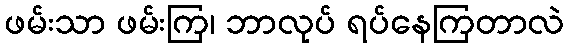
ဖမ်းသာ ဖမ်းကြ၊ ဘာလုပ် ရပ်နေကြတာလဲ